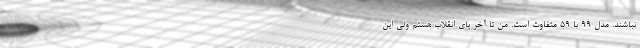
نباشند. مدل 99 با 59 متفاوت است. من تا آخر پای انقلاب هستم ولی این